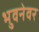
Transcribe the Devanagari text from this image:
भुवनेवर